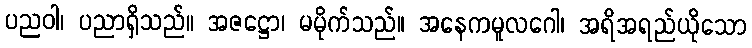
ပညဝါ၊ ပညာရှိသည်။ အဇဋ္ဌော၊ မမိုက်သည်။ အနေကမူလဂေါ၊ အရိအရည်ယိုသော